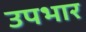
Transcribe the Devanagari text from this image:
उपभार